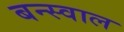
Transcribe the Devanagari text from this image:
बन्स्वाल